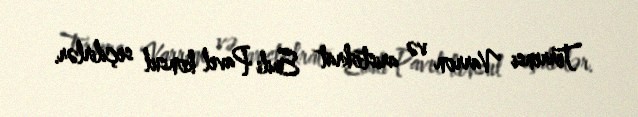
Terrensi Varron və aristokrat Emili Pavel konsul seçilirlər.